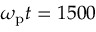
\omega _ { \mathrm { p } } t = 1 5 0 0